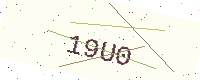
Text: 19U0